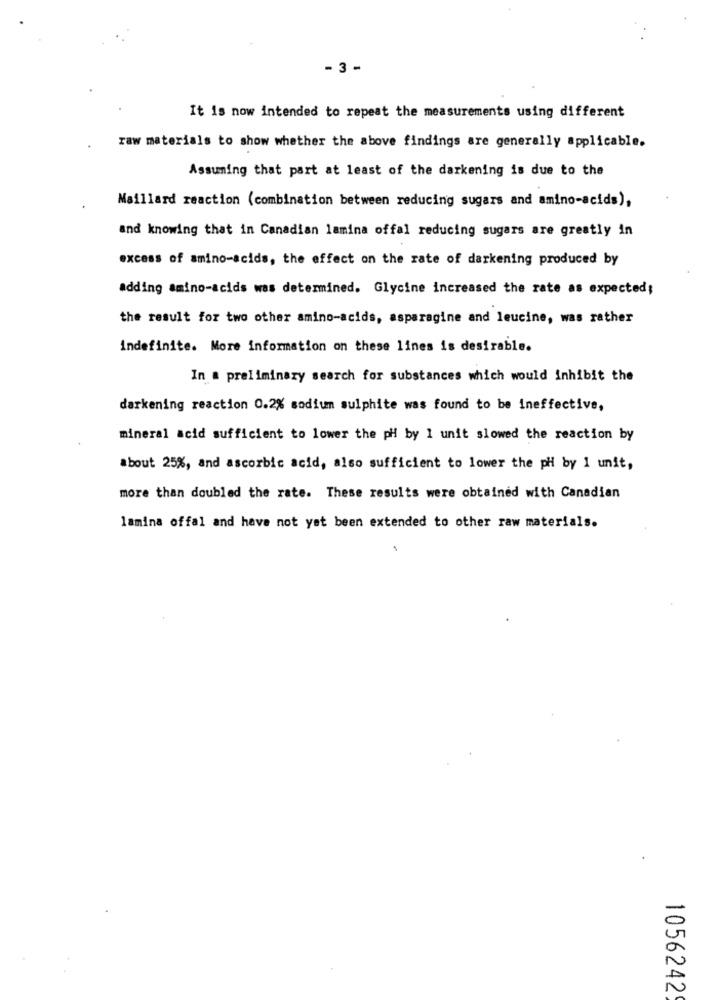
- 3 -
It is now intended to repeat the measurements using different
raw materials to show whether the above findings are generally applicable.
Assuming that part at least of the darkening is due to the
Maillard reaction (combination between reducing sugars and amino-acids),
and knowing that in Canadian lamina offal reducing sugars are greatly in
excess of amino-acids, the effect on the rate of darkening produced by
adding amino-acids was determined. Glycine increased the rate as expected;
the result for two other amino-acids, asparagine and leucine, was rather
indefinite. More information on these lines is desirable.
In a preliminary search for substances which would inhibit the
darkening reaction 0.2% sodium sulphite was found to be ineffective,
mineral acid sufficient to lower the pH by 1 unit slowed the reaction by
about 25%, and ascorbic acid, also sufficient to lower the pH by 1 unit,
more than doubled the rate. These results were obtained with Canadian
lamina offal and have not yet been extended to other raw materials.
1056242